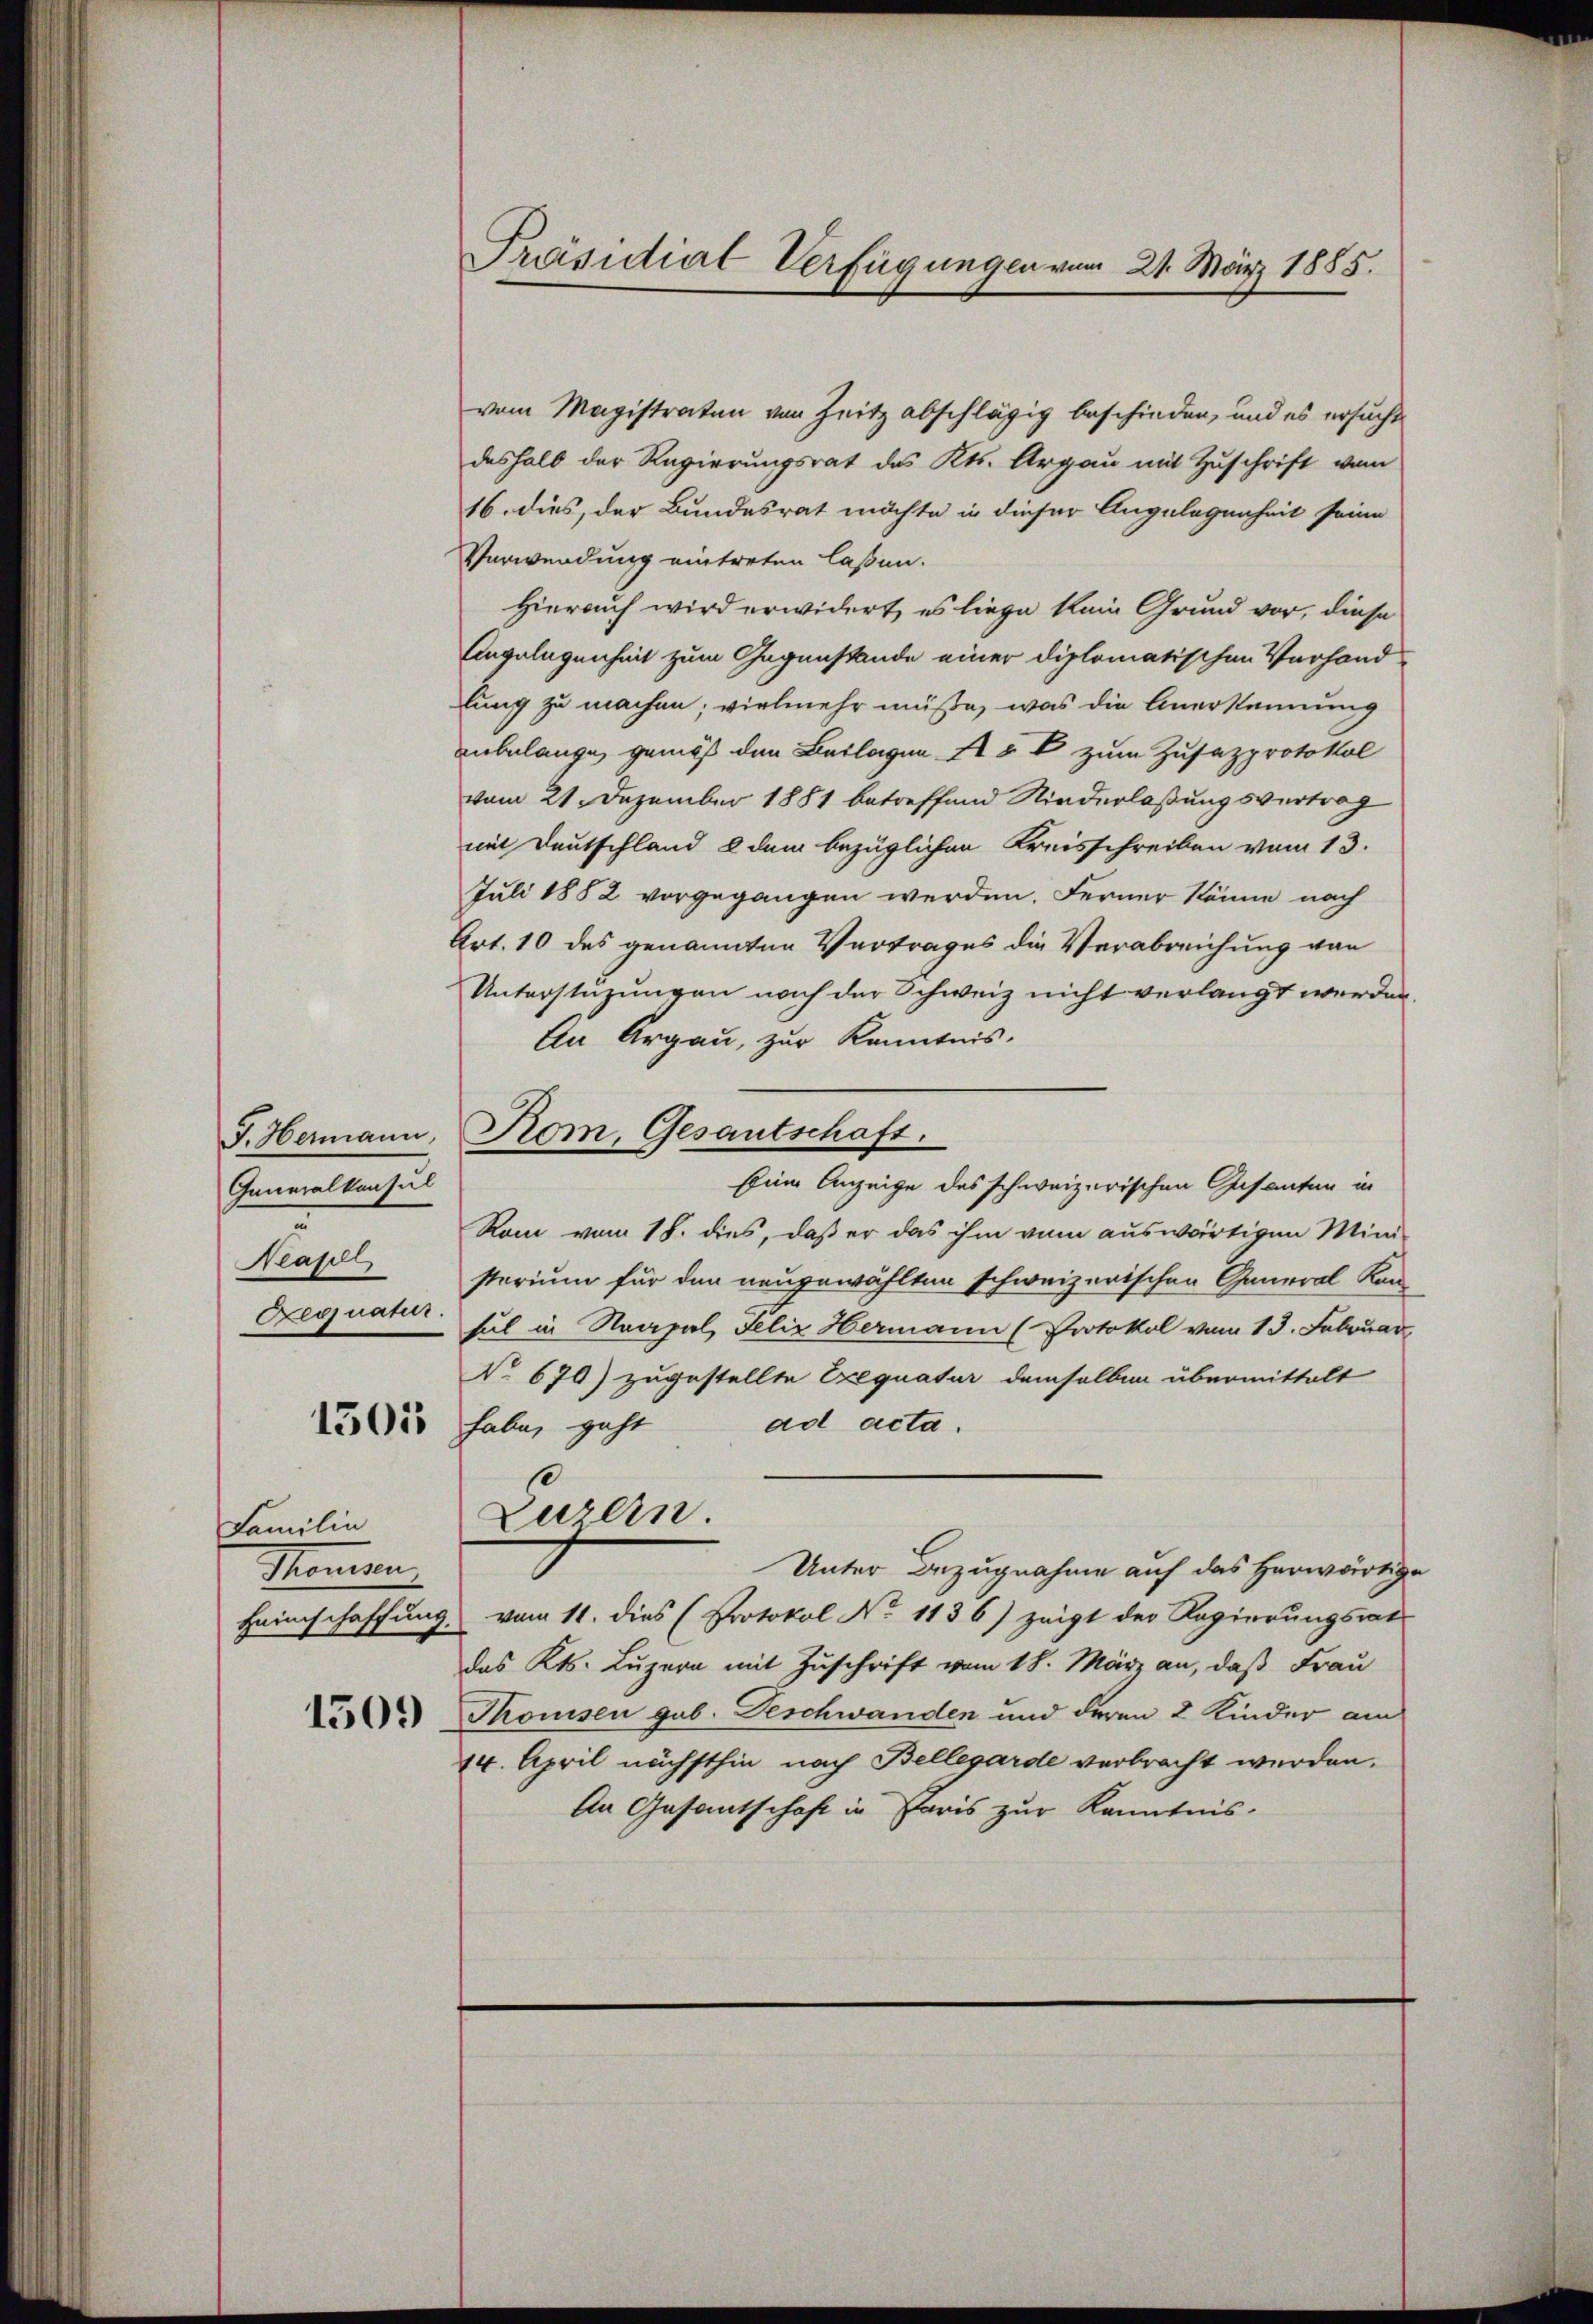
F. Hermann
Generalkonsul
Neapell
Aequatur.

1505

Familin
Momen
Heimschaffung.

1509

Präsidiat Verfügungen vom 21. März 1885.

vom Magistraten von Zeitz abschlägig beschieden, und es ersucht
deshalb der Regierungsrat des Kts. Argau mit Zuschrift vom
16. dies, der Bundesrat möchte in dieser Angelegenheit seine
Verwendung eintreten laßen.
Hierauf wird erwidert, es liege kein Grund vor, diese
Angelegenheit zum Gegenstände einer diplomatischen Vorhand
lung zu machen; vielmehr müße, was die Anerkennung
anbelange, gemäß den Beilagen Art zum Zusazprotokol
vom 21. Dezember 1881 betreffend Niederlaßungsvertrag
mit Deutschland 8 dem bezüglichen Kreisschreiben vom 13.
Juli 1882 vorgegangen werden. Ferner könne nach
Art. 10 des genannten Vertrages die Verabreichung von
Unterstüzungen nach der Schweiz nicht verlangt werden
An Argau, zur Kenntnis.
Nom, Gesantschaft.
Eine Anzeige des schweizerischen Gesanten in
Rom vom 18. dies, daß er das ihm vom auswärtigen Mini-
sterium für den neugewählten schweizerischen General Kon-
bel in Neapal, Felix Hermann (Protokol vom 13. Februar
No 670) zugestellte Exequatur demselben übermittelt
ad acta.
habe, geht
Luzern.
Unter Bezugnahme auf das herwärtig
vom 11. dies (Protokol No 1136) zeigt der Regierungsrat
das Kts. Luzern mit Zuschrift vom 18. März an, daß Frau
Tkomisen gab. Deschwanden und deren 2 Kinder am
14. April nächsthin nach Bellegarde verbracht werden.
An Gesamtschaft in Paris zur Kenntnis-